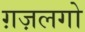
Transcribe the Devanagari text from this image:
ग़ज़लगो